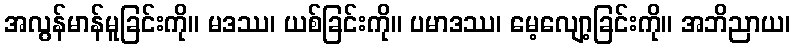
အလွန်မာန်မူခြင်းကို။ မဒဿ၊ ယစ်ခြင်းကို။ ပမာဒဿ၊ မေ့လျော့ခြင်းကို။ အဘိညာယ၊